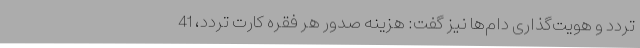
تردد و هویت‌گذاری دام‌ها نیز گفت: هزینه صدور هر فقره کارت تردد، 41